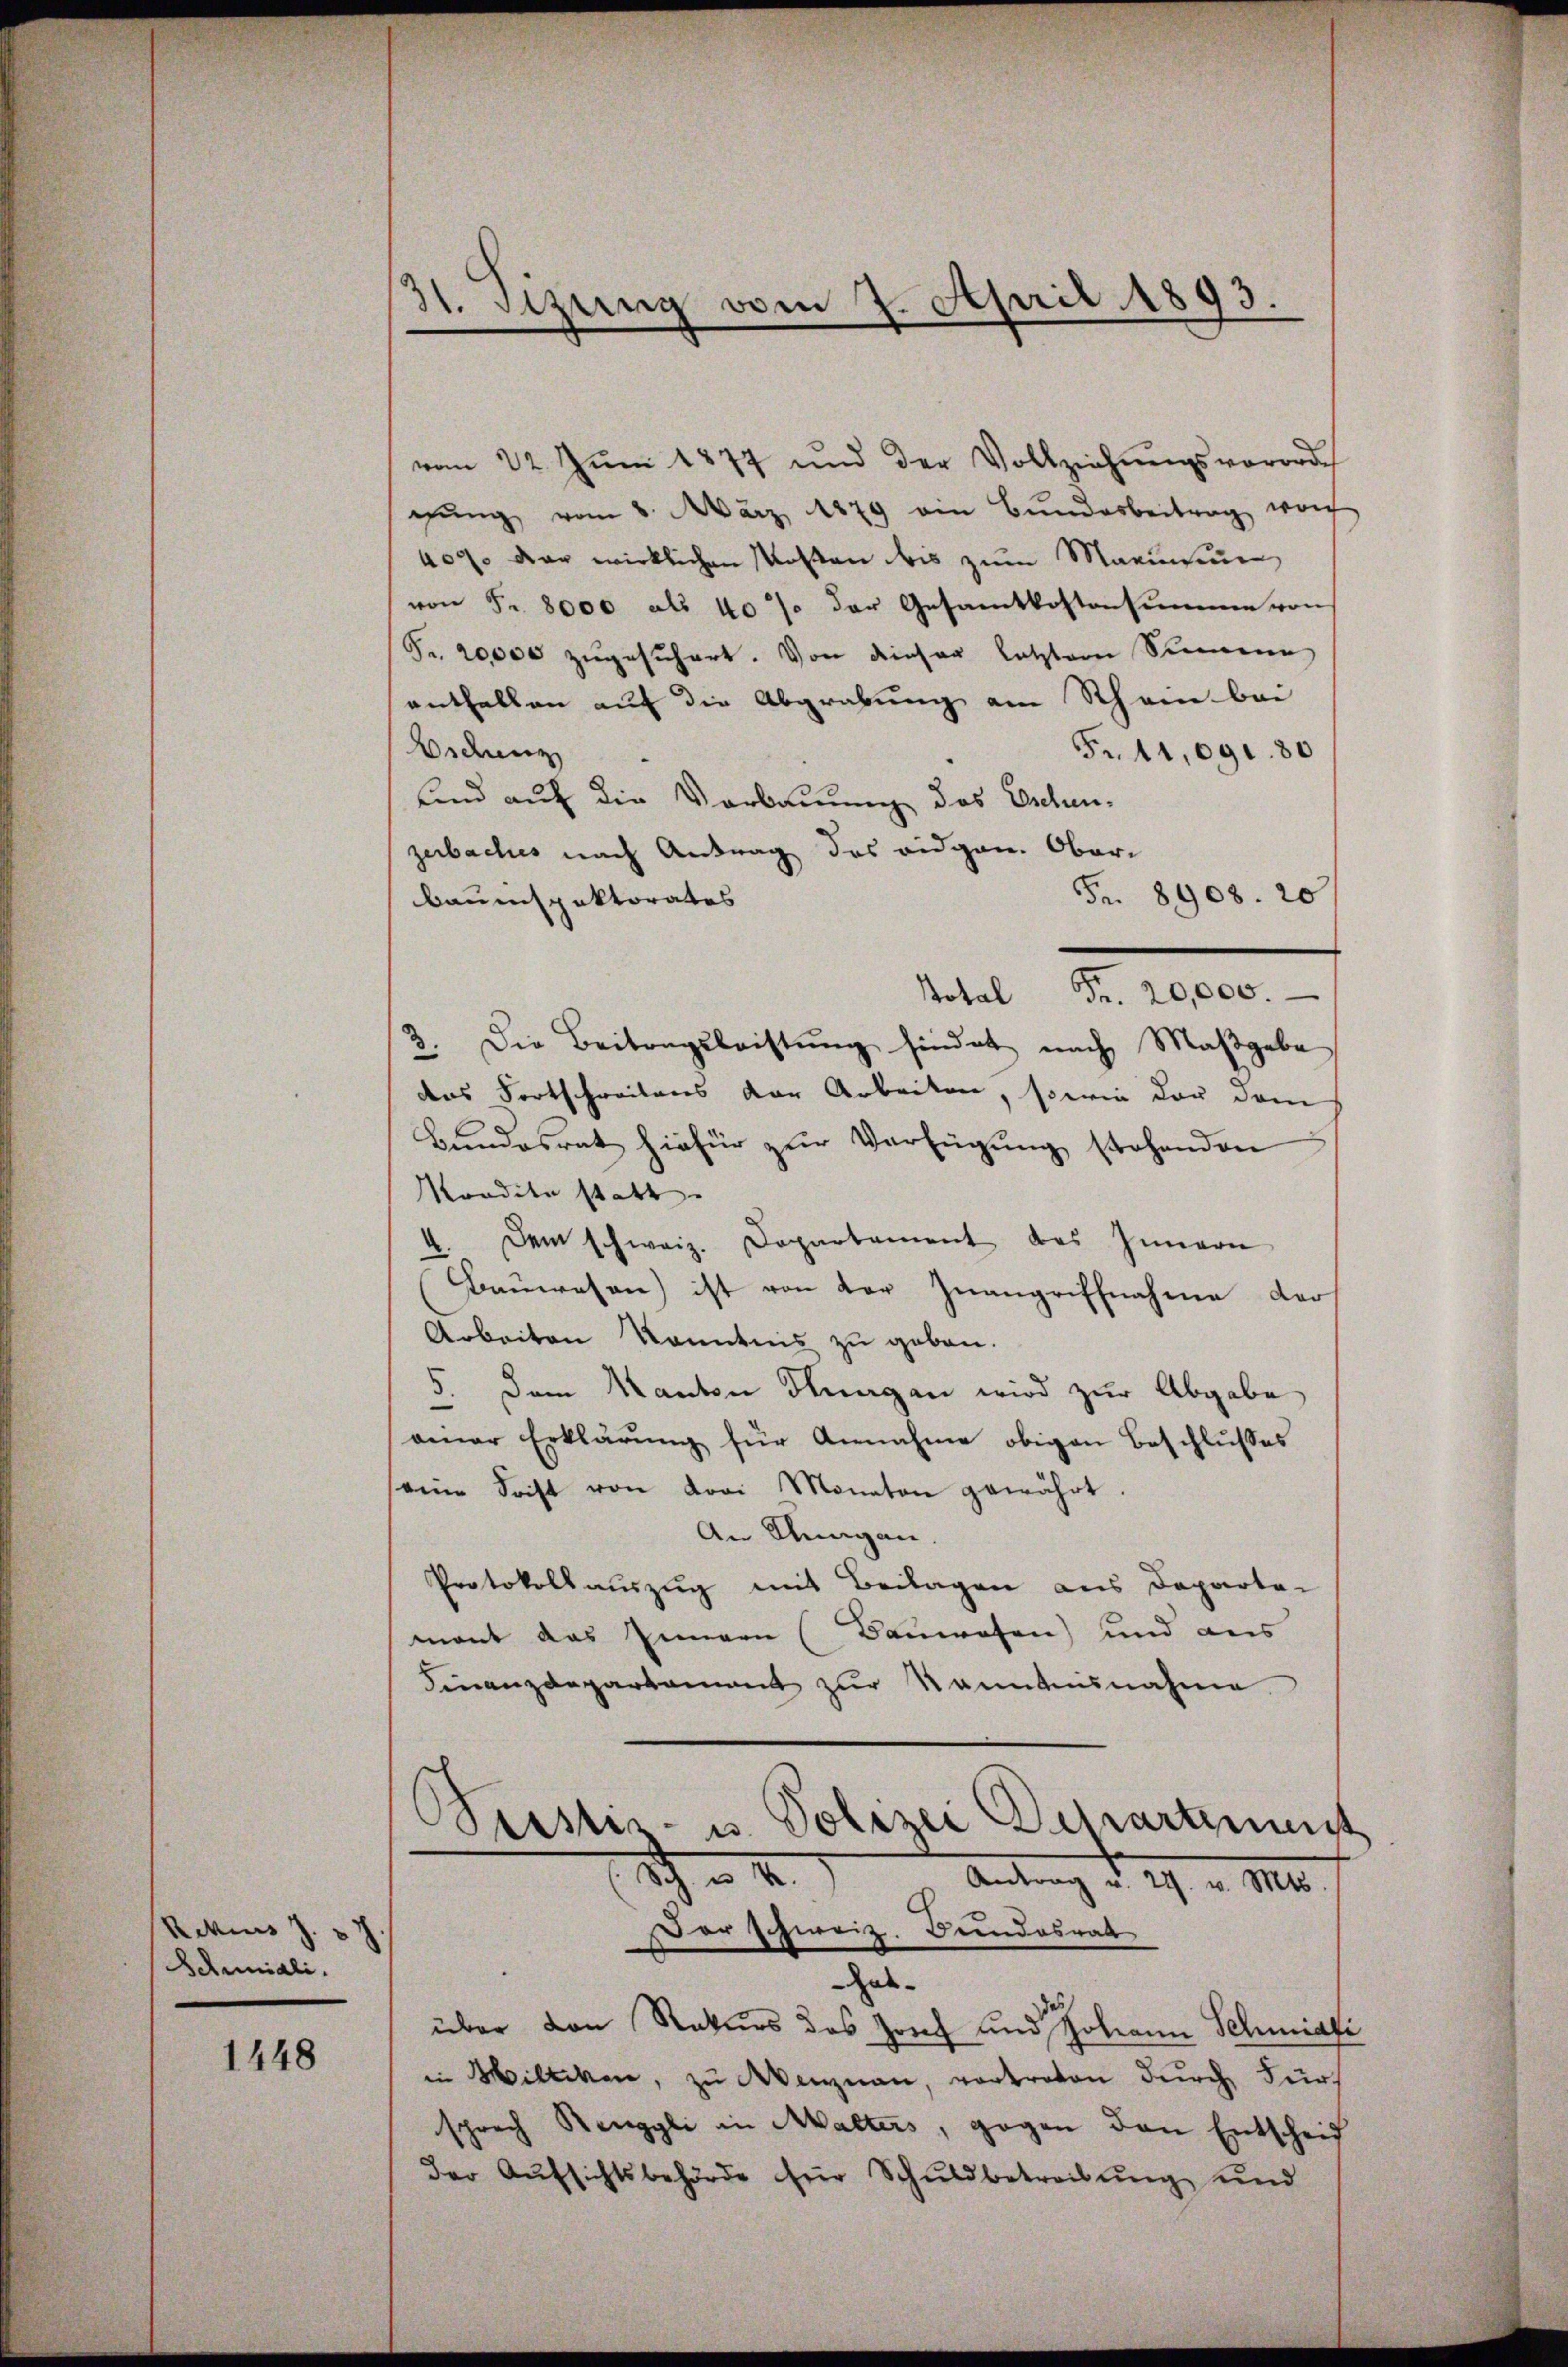
Rekurs J. J.
Schmidli.

1448

31. Sizung vom 7. April 1893.

vom 22. Juni 1877 und der Vollziehungsverorde
gung vom 8. März 1879 ein Bundesbeitrag wach
409. der wirklichen Mosten bis zum Marinium,
von Fr. 8000 als 40% der Gesamtkostensumme von
Fr. 20,000 zugesichert. Von dieser letztem Samen
enthallen auf die Abgrabung am Rhein bei
Eschenz
Fr. 41,091. 80
sind auf die Verbauung das Eschenzerbaches nach Antrag des eidgen. Ober-
Fr. 8908. 20
Bauinspektorates
Notal Fr. 20,000.
2. Die Beitragsleistung findet nach Maßgabe
das Fortschreibens der Arbeiten, sowie der dem
Bundesrat hiefür zur Verfügung stehenden
Mondite statt.
4. Dem schweiz. Departement des Innern
Bauwesen) ist von der Inangriffnahme der
Arbeiten Kenntnis zu geben.
Dem Kanton Hungen wird zur Abgabe
amner Erklärŭng für Annahme obigen Beschlŭsses
eine Frist von drei Monaten gewährt.
An Klingen
Protokollauszug mit Beilagen aus Departa-
mant das Innern (Bauwesen) und aus
Finanzdepartament zŭr Kenntnisnahme.
Peister- u. Polizei Departement
Ich
Antrag v. 29. v. Mts.
d
Der schweiz. Bundesrat
hat.
über den Rekurs des Zorch und Johann Schmidli
in Milliken, zu Menznau, vortreten durch Furch
sprech Renggli in Malters, gegen den Entscheif
der Aŭfsichtsbehörde für Schŭldbetreibŭng und